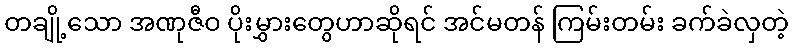
တချို့သော အဏုဇီဝ ပိုးမွှားတွေဟာဆိုရင် အင်မတန် ကြမ်းတမ်း ခက်ခဲလှတဲ့